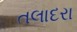
તલાદરા